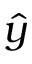
\hat { y }